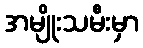
အမျိုးသမီးမှာ